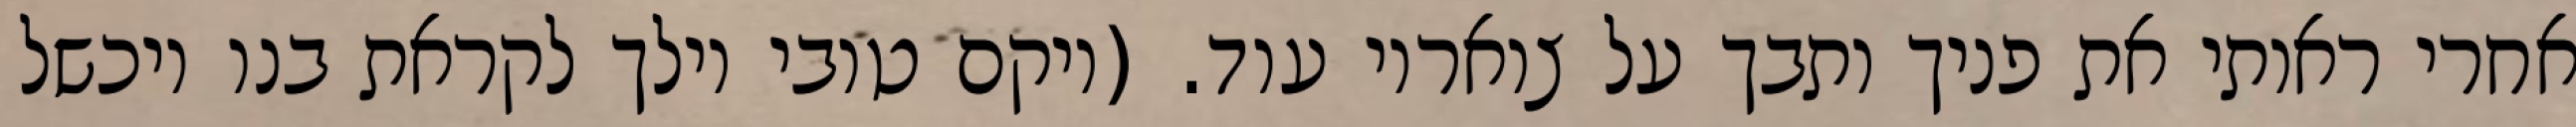
אחרי ראותי את פניך ותבך על צואריו עוד. (ויקם טובי וילך לקראת בנו ויכשל